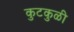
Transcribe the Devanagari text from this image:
कुटकुळी